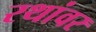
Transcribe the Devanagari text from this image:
रथांवर